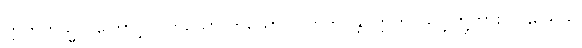
ဣတိတသ္မာ၊ ကြောင့်။ (တယော တယော၊ ပါတုဘဝန္တိ၊ ဣတိ၊ သဒ္ဒါတို့ကား ပါဌသေသ